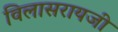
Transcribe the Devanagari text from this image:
विलासरायजी